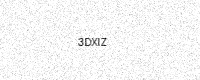
Text: 3DXIZ